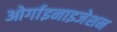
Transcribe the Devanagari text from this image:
ओर्गाइनाइजेशन